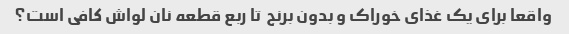
واقعا برای یک غذای خوراک و بدون برنج  تا ربع قطعه نان لواش کافی است؟